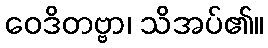
ဝေဒိတဗ္ဗာ၊ သိအပ်၏။